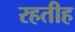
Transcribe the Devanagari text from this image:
रहतीह